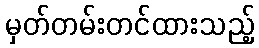
မှတ်တမ်းတင်ထားသည့်